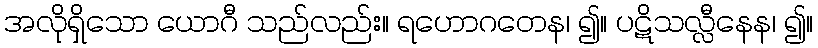
အလိုရှိသော ယောဂီ သည်လည်း။ ရဟောဂတေန၊ ၍။ ပဋိသလ္လီနေန၊ ၍။